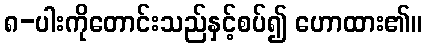
၈-ပါးကိုတောင်းသည်နှင့်စပ်၍ ဟောထား၏။